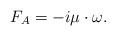
LaTeX: \begin{align*}F_A=-i\mu\cdot\omega.\end{align*}